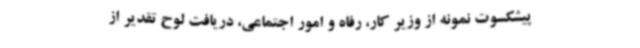
پیشکسوت نمونه از وزیر کار، رفاه و امور اجتماعی، دریافت لوح تقدیر از